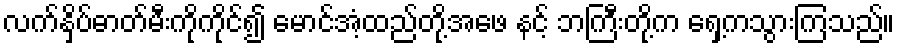
လက်နှိပ်ဓာတ်မီးကိုကိုင်၍ မောင်အံ့ထည်တို့အဖေ နင့် ဘကြီးတို့က ရှေ့ကသွားကြသည်။